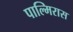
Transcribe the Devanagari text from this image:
पाल्मिरास